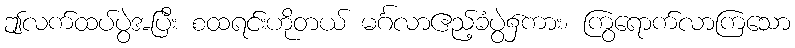
ဤလက်ထပ်ပွဲအပြီး စထရင်းဟိုတယ် မင်္ဂလာဧည့်ခံပွဲ၌ကား၊ ကြွရောက်လာကြသော